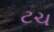
ટચ